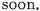
soon.